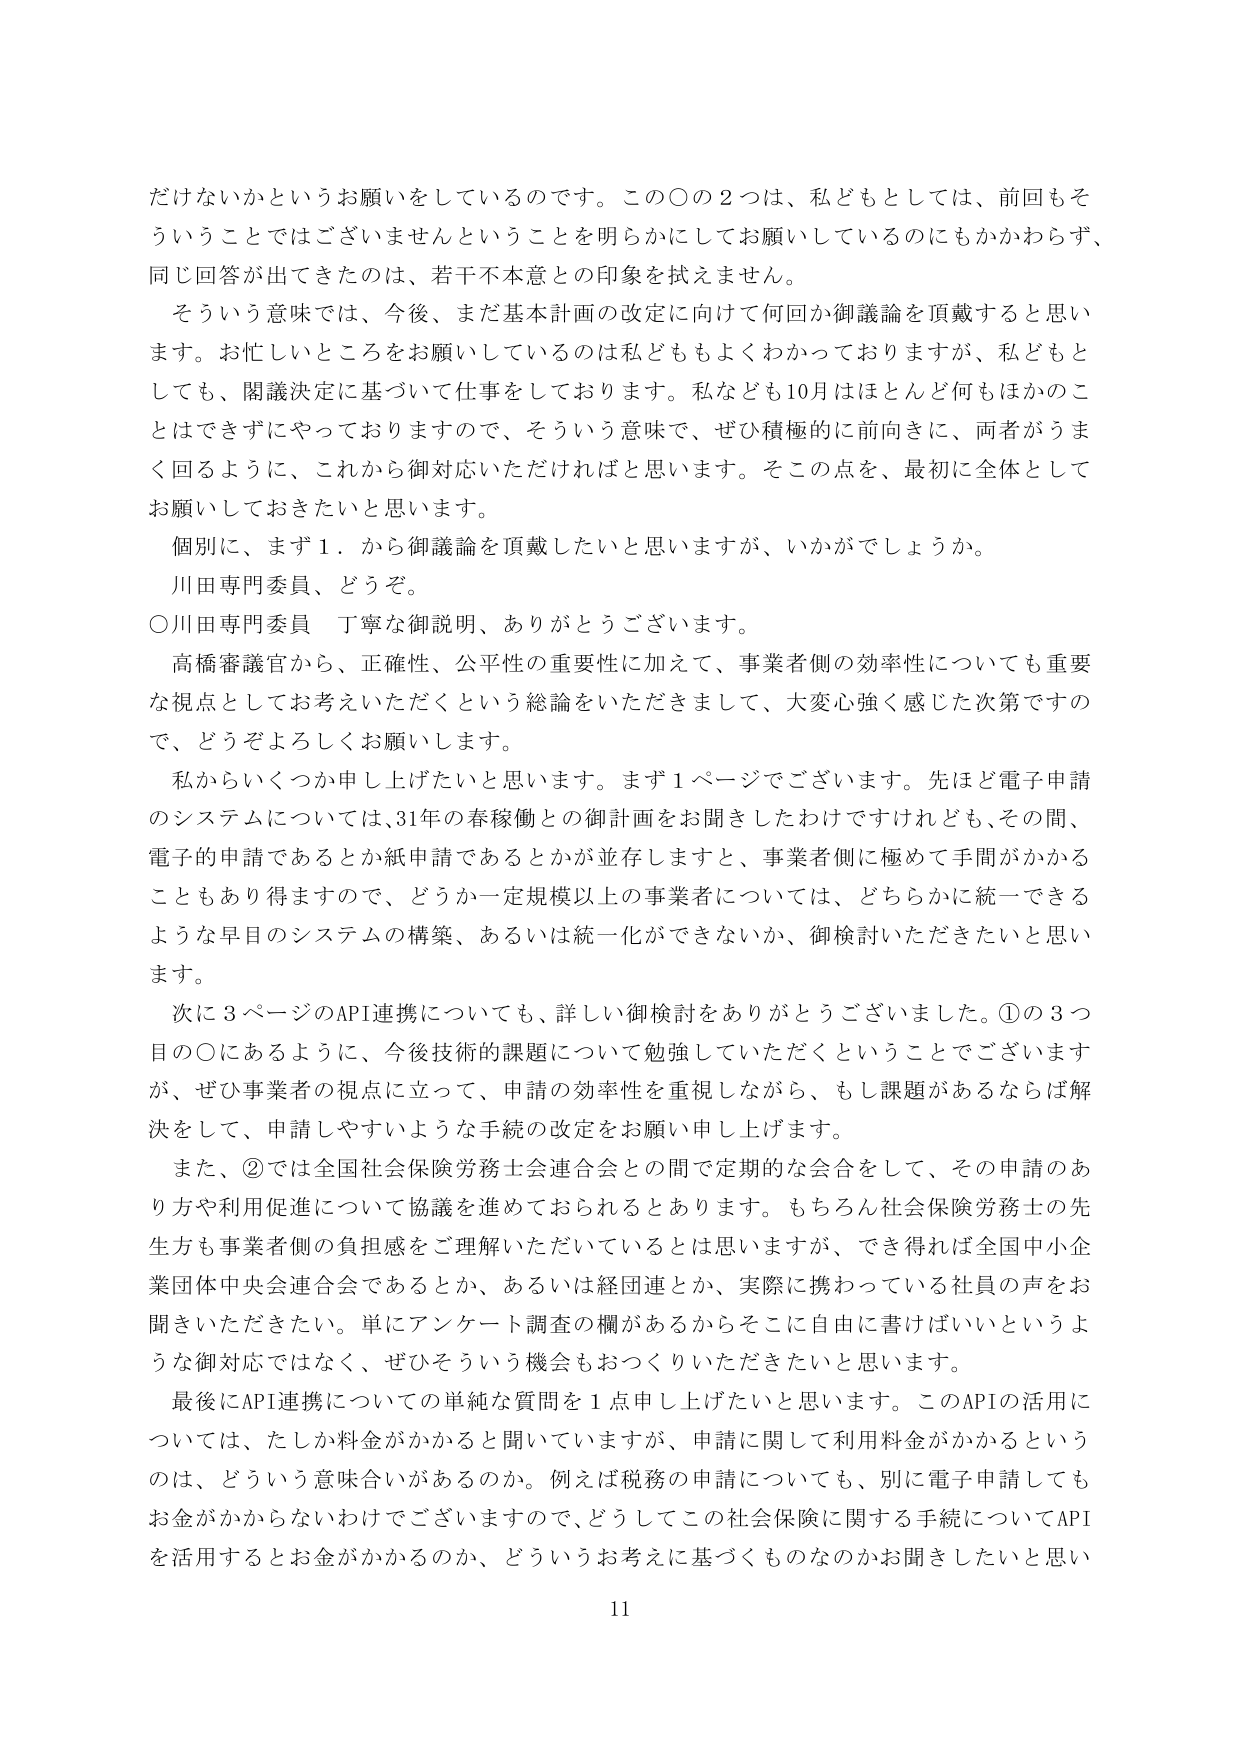
だけないかというお願いをしているのです。この〇の２つは、私どもとしては、前回もそういうことではございませんということを明らかにしてお願いしているのにもかかわらず、同じ回答が出てきたのは、若干不本意との印象を拭えません。

そういう意味では、今後、まだ基本計画の改定に向けて何回か御議論を頂戴すると思います。お忙しいところをお願いしているのは私どももよくわかっておりますが、私どもとしても、閣議決定に基づいて仕事をしております。私なども10月はほとんど何もほかのことはできずにやっておりますので、そういう意味で、ぜひ積極的に前向きに、両者がうまく回るように、これから御対応いただければと思います。そこの点を、最初に全体としてお願いしておきたいと思います。

個別に、まず１．から御議論を頂戴したいと思いますが、いかがでしょうか。

川田専門委員、どうぞ。

〇川田専門委員　丁寧な御説明、ありがとうございます。

高橋審議官から、正確性、公平性の重要性に加えて、事業者側の効率性についても重要な視点としてお考えいただくという総論をいただきまして、大変心強く感じた次第ですので、どうぞよろしくお願いします。

私からいくつか申し上げたいと思います。まず１ページでございます。先ほど電子申請のシステムについては、31年の春稼働との御計画をお聞きしたわけですが、その間、電子的申請であるとか紙申請であるとかが並存しますと、事業者側に極めて手間がかかることもあり得ますので、どうか一定規模以上の事業者については、どちらかに統一できるような早目のシステムの構築、あるいは統一化ができないか、御検討いただきたいと思います。

次に３ページのAPI連携についても、詳しい御検討をありがとうございました。①の３つ目の〇にあるように、今後技術的課題について勉強していただくということをございますが、ぜひ事業者の視点に立って、申請の効率性を重視しながら、もし課題があるならば解決をして、申請しやすいような手続の改定をお願い申し上げます。

また、②では全国社会保険労務士会連合会との間で定期的な会合をして、その申請のあり方や利用促進について協議を進めておられるとあります。もちろん社会保険労務士の先生方も事業者側の負担感をご理解いただいているとは思いますが、でき得れば全国中小企業団体中央会連合会であるとか、あるいは経団連とか、実際に携わっている社員の声をお聞きいただきたい。単にアンケート調査の欄があるからそこに自由に書けばいいというような御対応ではなく、ぜひそういう機会もおつくりいただきたいと思います。

最後にAPI連携についての単純な質問を１点申し上げたいと思います。このAPIの活用については、たしか料金がかかると聞いていますが、申請に関して利用料金がかかるというのは、どういう意味合いがあるのか。例えば税務の申請についても、別に電子申請してもお金がかからないわけでございますので、どうしてこの社会保険に関する手続についてAPIを活用するとお金がかかるのか、どういうお考えに基づくものなのかお聞きしたいと思います。

11